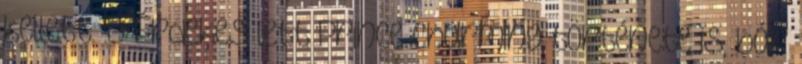
kellett. :D Érdekes lett Prince Charming története is, bár